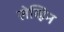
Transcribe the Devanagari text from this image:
लेव्हिन